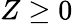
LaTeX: Z\ge 0